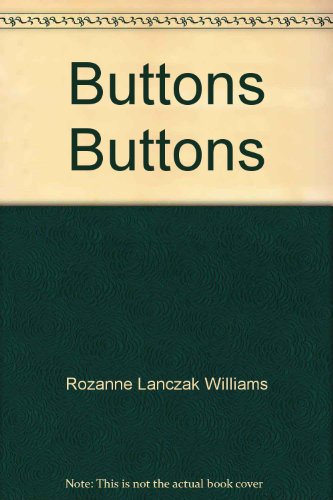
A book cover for Buttons, Buttons (Learn to Read, Read to Learn); Crafts, Hobbies & Home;